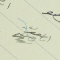
عضو انطون بطرس نهرا